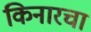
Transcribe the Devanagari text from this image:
किनारचा